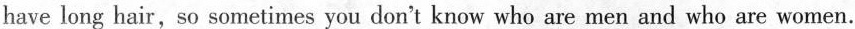
have long hair,so sometimes you don't know who are men and who are women.